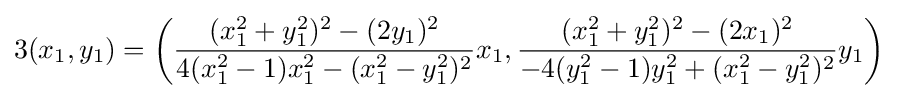
3(x_{1},y_{1})=\left({\frac {(x_{1}^{2}+y_{1}^{2})^{2}-(2y_{1})^{2}}{4(x_{1}^{2}-1)x_{1}^{2}-(x_{1}^{2}-y_{1}^{2})^{2}}}x_{1},{\frac {(x_{1}^{2}+y_{1}^{2})^{2}-(2x_{1})^{2}}{-4(y_{1}^{2}-1)y_{1}^{2}+(x_{1}^{2}-y_{1}^{2})^{2}}}y_{1}\right)